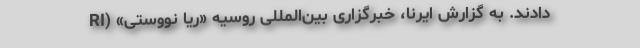
دادند. به گزارش ایرنا، خبرگزاری بین‌المللی روسیه «ریا نووستی» (RI